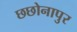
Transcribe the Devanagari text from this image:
छछोनापुर